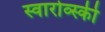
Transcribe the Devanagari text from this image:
स्वारोव्स्की